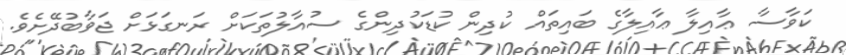
ކަވާސާ ޢާއިލާ ޢާއިލާގެ ބައިތައް ކުދިން ކުޑަކުދިންގެ ސުއާލުތަކަށް ރަނގަޅަށް ޖަވާބުދޭށެވެ.